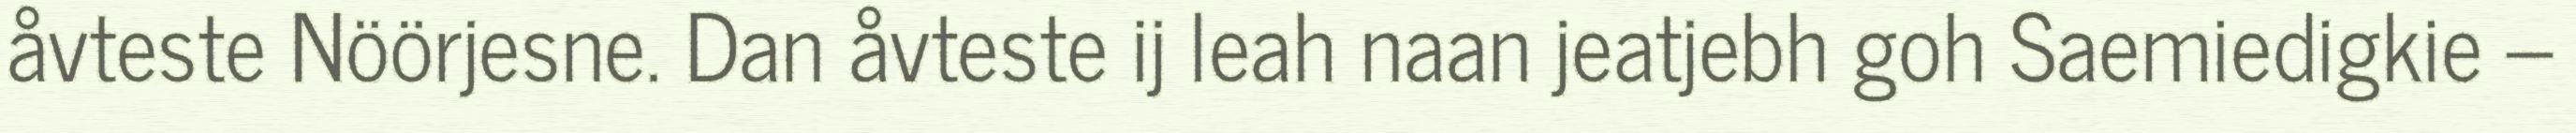
åvteste Nöörjesne. Dan åvteste ij leah naan jeatjebh goh Saemiedigkie –